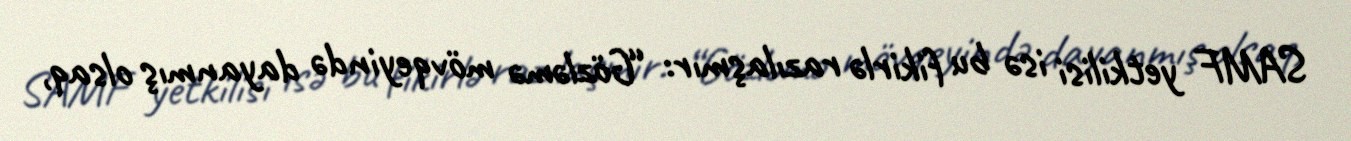
SAMF yetkilisi isə bu fikirlə razılaşmır: “Gözləmə mövqeyində dayanmış olsaq,